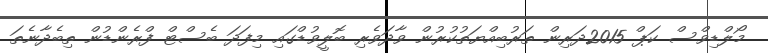
މޯލްޑިވްސް ކަޕް 2015ދަރިން ތަރުބިއްޔަތުކުރުން ވާދަވެރި ބޮލީވުޑްގައި މިފަދަ ބެސްޓް ފްރެންޑުން ތިބެދާނެތަ